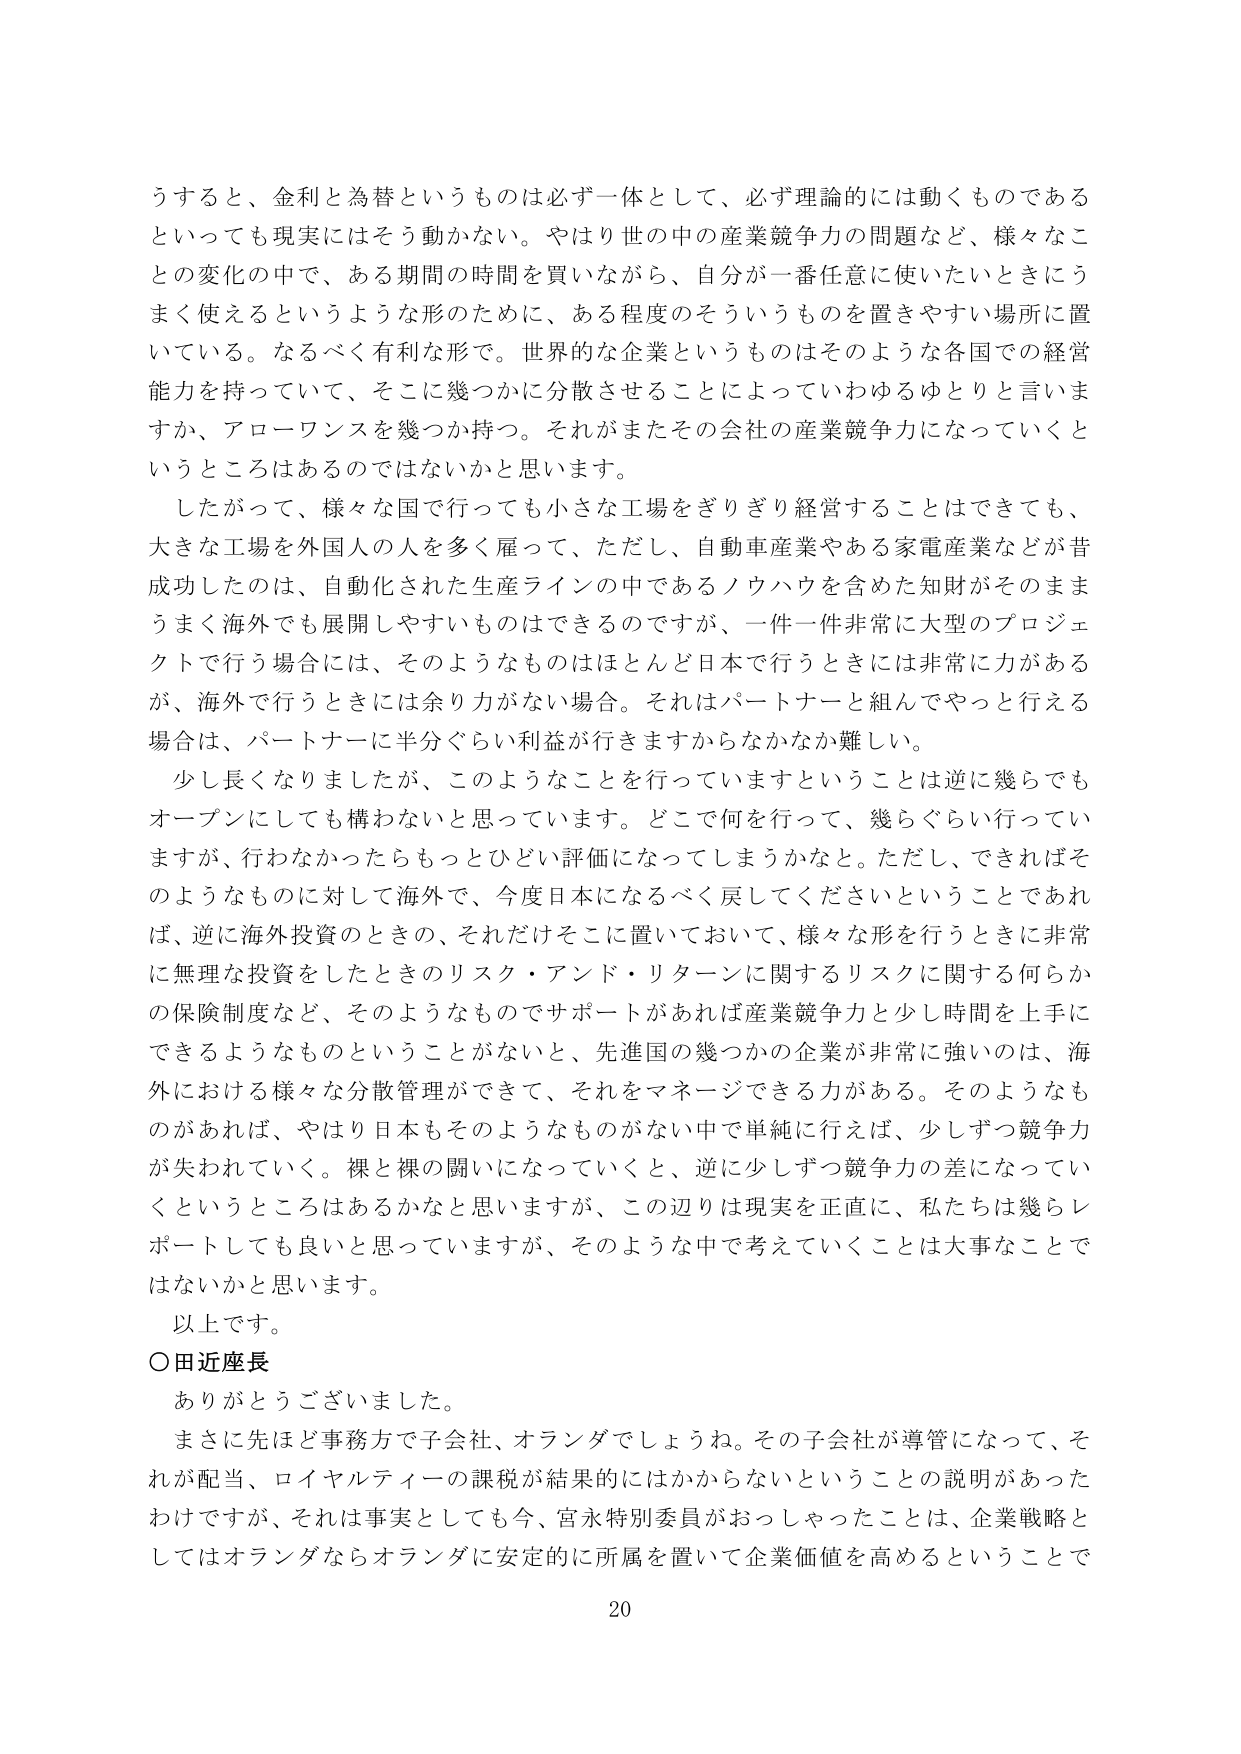
うすると、金利と為替というものは必ず一体として、必ず理論的には動くものであるといっても現実にはそう動かない。やはり世の中の産業競争力の問題など、様々なことの変化の中で、ある期間の時間を買いながら、自分が一番任意に使いたいときにうまく使えるというような形のために、ある程度のそういうものを置きやすい場所に置いている。なるべく有利な形で。世界的な企業というものはそのような各国での経営能力を持っていて、そこに幾つかに分散させることによっていわゆるゆとりと言いますか、アローワンスを幾つか持つ。それがまたその会社の産業競争力になっていくというところはあるのではないかと思います。

したがって、様々な国で行っても小さな工場をぎりぎり経営することはできても、大きな工場を外国人の人を多く雇って、ただし、自動車産業やある家電産業などが昔成功したのは、自動化された生産ラインの中であるノウハウを含めた知財がそのままうまく海外でも展開しやすいものはできるのですが、一件一件非常に大型のプロジェクトで行う場合には、そのようなものはほとんど日本で行うときには非常に力があるが、海外で行うときには余り力がない場合。それはパートナーと組んでやっと行える場合は、パートナーに半分ぐらい利益が行きますからなかなか難しい。

少し長くなりましたが、このようなことを行っていますということは逆に幾らでもオープンにしても構わないと思っています。どこで何を行って、幾らぐらい行っていきますが、行わなかったらもっとひどい評価になってしまうかなと。ただし、できればそのようなものに対して海外で、今度日本になるべく戻してくださいということであれば、逆に海外投資のときの、それだけそこに置いておいて、様々な形を行うときに非常に無理な投資をしたときのリスク・アンド・リターンに関するリスクに関する何らかの保険制度など、そのようなものでサポートがあれば産業競争力と少し時間を上手にできるようなものということがないと、先進国の幾つかの企業が非常に強いのは、海外における様々な分散管理ができて、それをマネージできる力がある。そのようなものがあれば、やはり日本もそのようなものがない中で単純に行えば、少しずつ競争力が失われていく。裸と裸の闘いになっていくと、逆に少しずつ競争力の差になっていくというところはあるかなと思いますが、この辺りは現実を正直に、私たちは幾らレポートしても良いと思っていますが、そのような中で考えていくことは大事なことではないかと思います。

以上です。

○田近座長

ありがとうございました。

まさに先ほど事務方で子会社、オランダでしょうね。その子会社が導管になって、それが配当、ロイヤルティーよの課税が結果的にはかからないということの説明があったわけですが、それは事実としても今、宮永特別委員がおっしゃったことは、企業戦略としてはオランダならオランダに安定的に所属を置いて企業価値を高めるということで

20